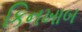
કિનખાબ